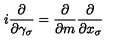
i \frac { \partial } { \partial \gamma _ { \sigma } } = \frac { \partial } { \partial m } \frac { \partial } { \partial x _ { \sigma } }